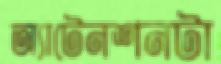
অ্যাটেনশনটা